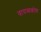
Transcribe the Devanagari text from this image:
वायव्यकोण